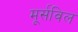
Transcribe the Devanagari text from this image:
मूर्सविल